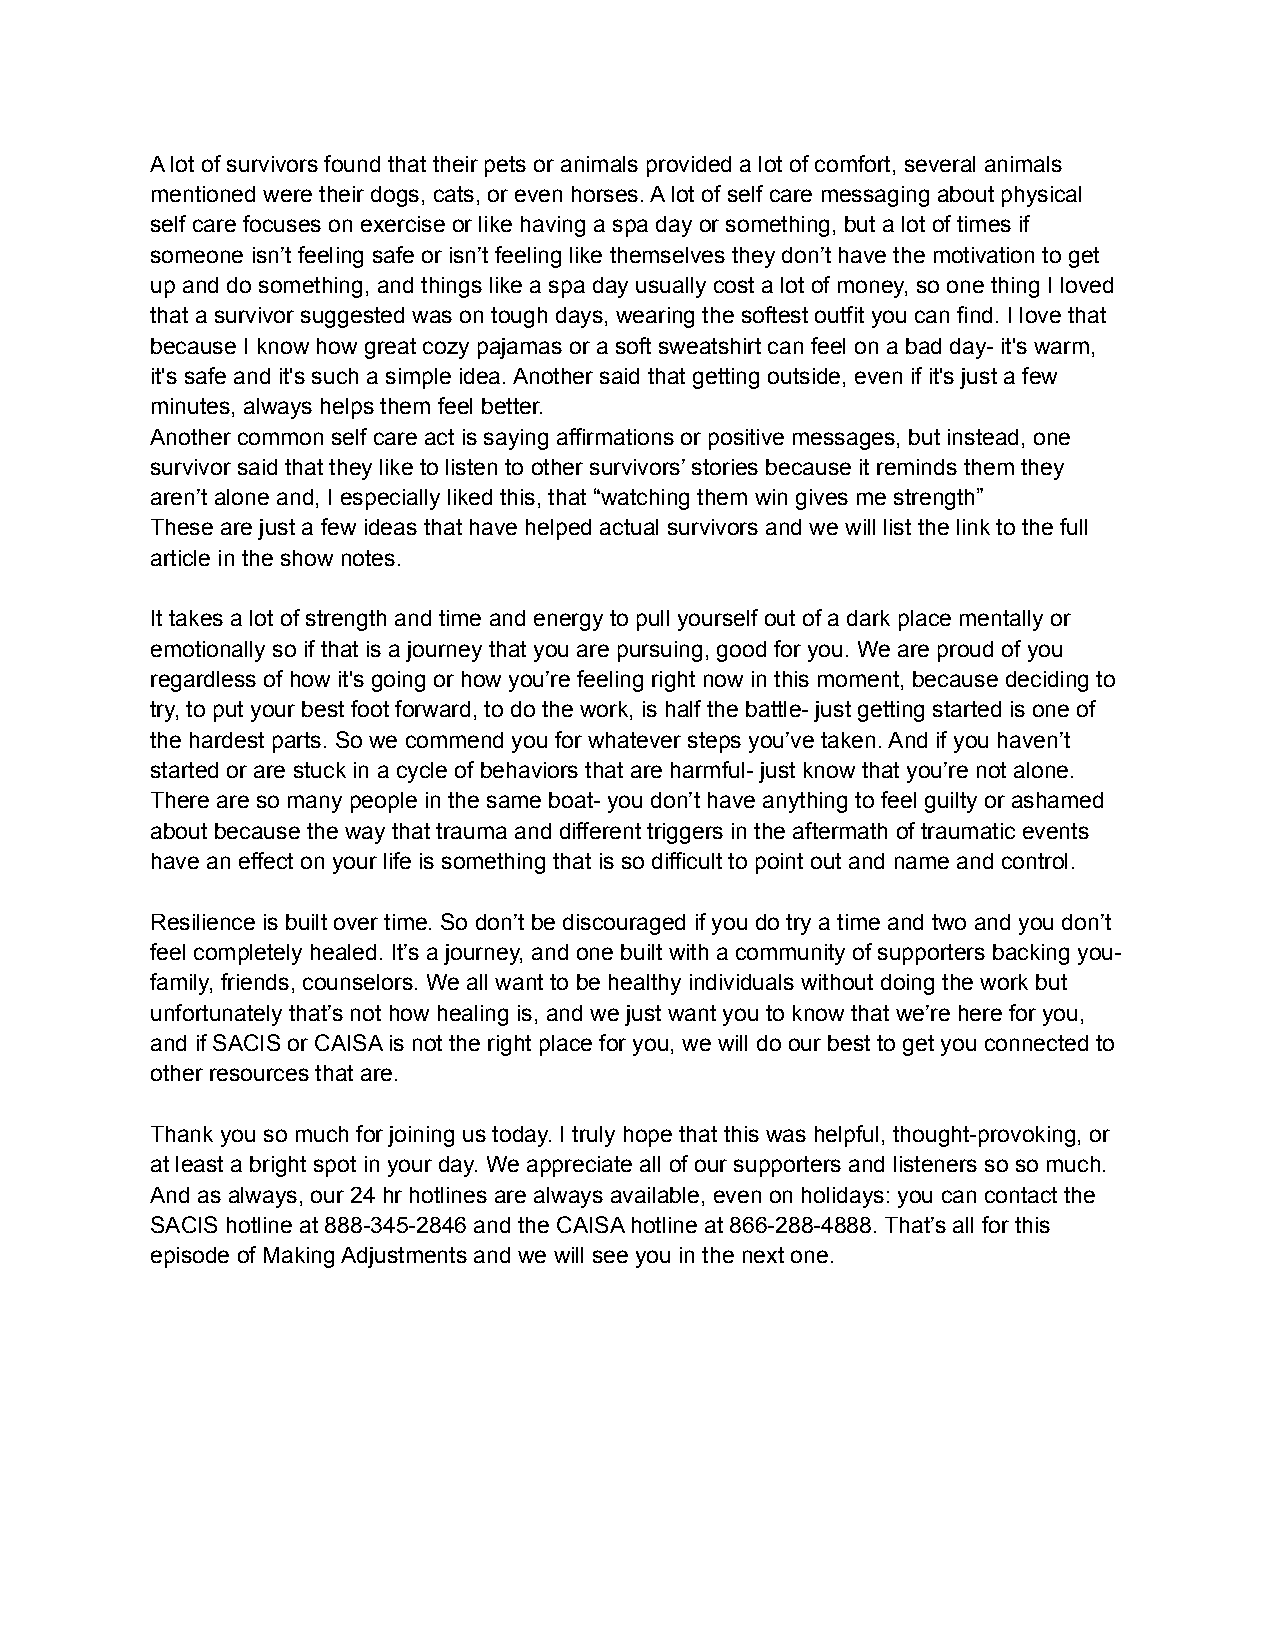
A lot of survivors found that their pets or animals provided a lot of comfort, several animals
 mentioned were their dogs, cats, or even horses. A lot of self care messaging about physical
 self care focuses on exercise or like having a spa day or something, but a lot of times if
 someone isn’t feeling safe or isn’t feeling like themselves they don’t have the motivation to get
 up and do something, and things like a spa day usually cost a lot of money, so one thing I loved
 that a survivor suggested was on tough days, wearing the softest outfit you can find. I love that
 because I know how great cozy pajamas or a soft sweatshirt can feel on a bad day- it's warm,
 it's safe and it's such a simple idea. Another said that getting outside, even if it's just a few
 minutes, always helps them feel better.
 Another common self care act is saying affirmations or positive messages, but instead, one
 survivor said that they like to listen to other survivors’ stories because it reminds them they
 aren’t alone and, I especially liked this, that “watching them win gives me strength”
 These are just a few ideas that have helped actual survivors and we will list the link to the full
 article in the show notes.
 It takes a lot of strength and time and energy to pull yourself out of a dark place mentally or
 emotionally so if that is a journey that you are pursuing, good for you. We are proud of you
 regardless of how it's going or how you’re feeling right now in this moment, because deciding to
 try, to put your best foot forward, to do the work, is half the battle- just getting started is one of
 the hardest parts. So we commend you for whatever steps you’ve taken. And if you haven’t
 started or are stuck in a cycle of behaviors that are harmful- just know that you’re not alone.
 There are so many people in the same boat- you don’t have anything to feel guilty or ashamed
 about because the way that trauma and different triggers in the aftermath of traumatic events
 have an effect on your life is something that is so difficult to point out and name and control.
 Resilience is built over time. So don’t be discouraged if you do try a time and two and you don’t
 feel completely healed. It’s a journey, and one built with a community of supporters backing you-
 family, friends, counselors. We all want to be healthy individuals without doing the work but
 unfortunately that’s not how healing is, and we just want you to know that we’re here for you,
 and if SACIS or CAISA is not the right place for you, we will do our best to get you connected to
 other resources that are.
 Thank you so much for joining us today. I truly hope that this was helpful, thought-provoking, or
 at least a bright spot in your day. We appreciate all of our supporters and listeners so so much.
 And as always, our 24 hr hotlines are always available, even on holidays: you can contact the
 SACIS hotline at 888-345-2846 and the CAISA hotline at 866-288-4888. That’s all for this
 episode of Making Adjustments and we will see you in the next one.